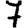
Digit: 7